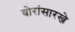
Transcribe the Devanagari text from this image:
बोरांसारखे